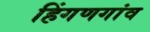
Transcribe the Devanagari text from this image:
हिंगणगांव